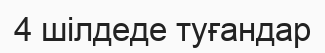
4 шілдеде туғандар